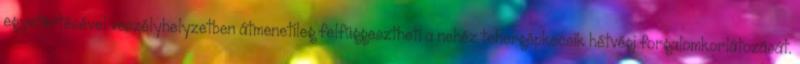
egyetértésével veszélyhelyzetben átmenetileg felfüggesztheti a nehéz tehergépkocsik hétvégi forgalomkorlátozását.